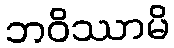
ဘဝိဿာမိ